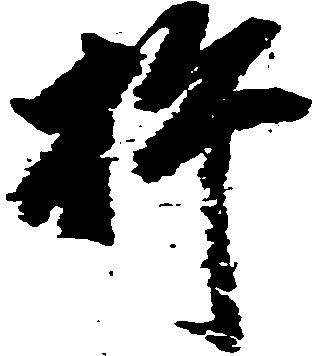
杵